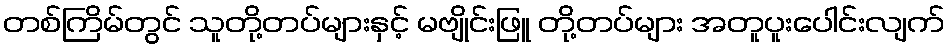
တစ်ကြိမ်တွင် သူတို့တပ်များနှင့် မဗျိုင်းဖြူ တို့တပ်များ အတူပူးပေါင်းလျက်